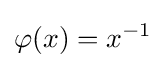
\varphi (x)=x^{-1}